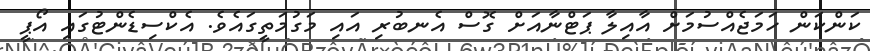
ކަންކަން ހަމަޖެއްސުމަށް އާއިލާ ޕަޓްނާއަށް ގޮސް އެނބުރި އައި މަގުމަތީގައެވެ. އެކްސިޑެންޓުގައި އޯޕީ